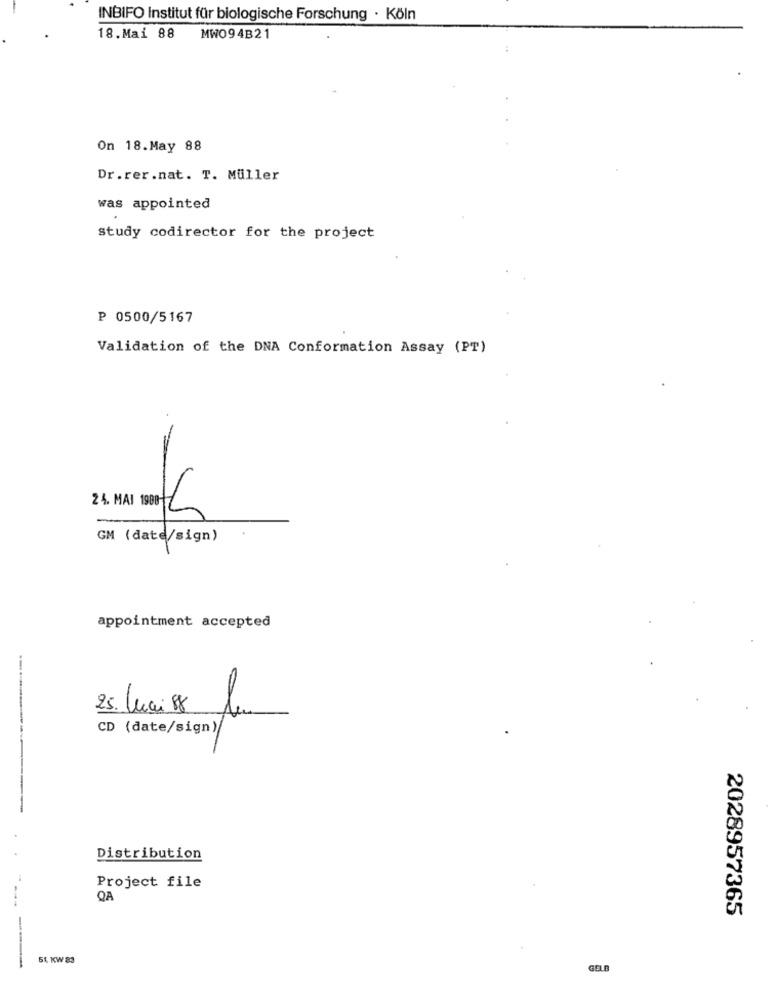
INBIFO Institut für biologische Forschung · Köln
18.Mai 88 MW094B21
On 18.May 88
Dr.rer.nat. T. Müller
was appointed
study codirector for the project
P 0500/5167
Validation of the DNA Conformation Assay (PT)
24. MAI 1900 C
GM (date/sign)
appointment accepted
25. Mai 88 Au
CD (date/sign)/
Distribution
Project file
QA
2028957365
51 KW 83
GELB